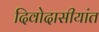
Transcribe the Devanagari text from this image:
दिवोदासीयांत